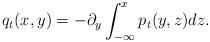
LaTeX: \begin{align*}q_t(x,y)=-\partial_y\int_{-\infty}^{x}p_t(y,z)dz.\end{align*}